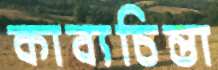
কাব্যচিন্তা